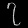
Digit: ၇